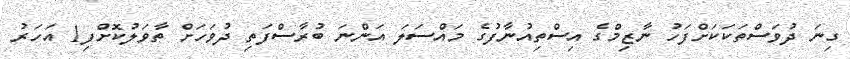
ގިނަ ދުވަސްތަކަކަށްފަހު ނާޒިމްގެ އިސްތިއުނާފުގެ މައްސަލަ އަންނަ ބުރާސްފަތި ދުވަހަށް ތާވަލުކޮށްފި1 އަހަރު